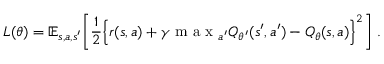
L ( \theta ) = \mathbb { E } _ { s , a , s ^ { \prime } } \bigg [ \frac { 1 } { 2 } \Big \lbrace r ( s , a ) + \gamma \mathrm { ~ m ~ a ~ x ~ } _ { a ^ { \prime } } Q _ { \theta ^ { \prime } } ( s ^ { \prime } , a ^ { \prime } ) - Q _ { \theta } ( s , a ) \Big \rbrace ^ { 2 } \bigg ] ~ .